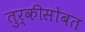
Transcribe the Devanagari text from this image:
तुर्कीसोबत